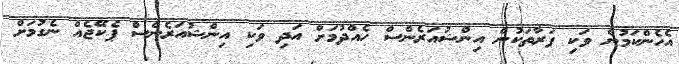
އެހެންކަމުން ވަކި ފަރާތަކުން އިންޝުއަރެންސް ހެއްދުމަށް އަދި ވަކި އިންޝުއަރެންސް ޕެކޭޖެއް ނެގުމަށް